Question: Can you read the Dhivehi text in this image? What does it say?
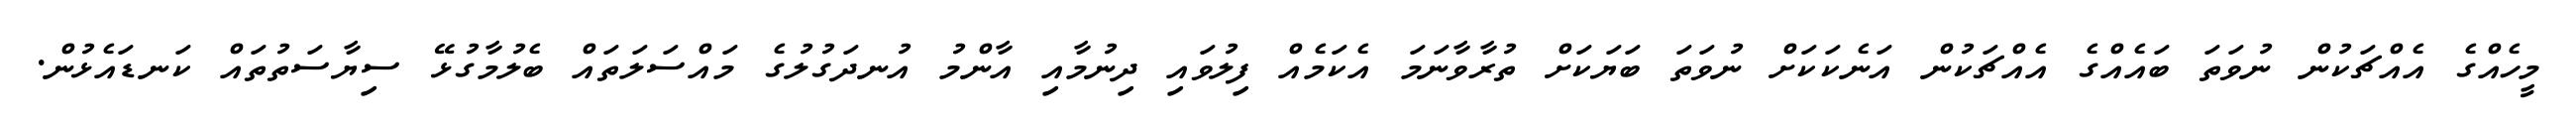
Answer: މީހެއްގެ އެއްޗަކުން ނުވަތަ ބައެއްގެ އެއްޗަކުން އަނެކަކަށް ނުވަތަ ބަޔަކަށް ތުރާވާނަމަ އެކަމެއް ފިލުވައި ދިނުމާއި އާންމު އުނދަގުލުގެ މައްސަލަތައް ބެލުމާގުޅޭ ސިޔާސަތުތައް ކަނޑައެޅުން.